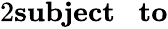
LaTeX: \begin{array}{rlrl}{{2}\textbf{subject\, \, to}}\end{array}